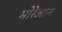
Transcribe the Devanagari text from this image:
मोरेआस